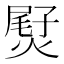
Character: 𤌨